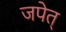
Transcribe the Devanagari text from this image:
जपेत्